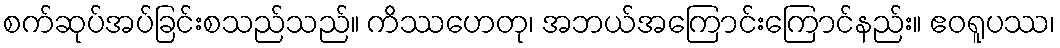
စက်ဆုပ်အပ်ခြင်းစသည်သည်။ ကိဿဟေတု၊ အဘယ်အကြောင်းကြောင်နည်း။ ဧဝရူပဿ၊